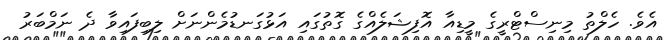
އެވެ. ހެލްތު މިނިސްޓްރީގެ މީޑިއާ އޮފިޝަލެއްގެ ގޮތުގައި އަޅުގަނޑުމެންނަށް ލިބިފައިވާ ދެ ނަމްބަރު